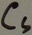
Text: CS